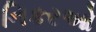
નિકરઓ